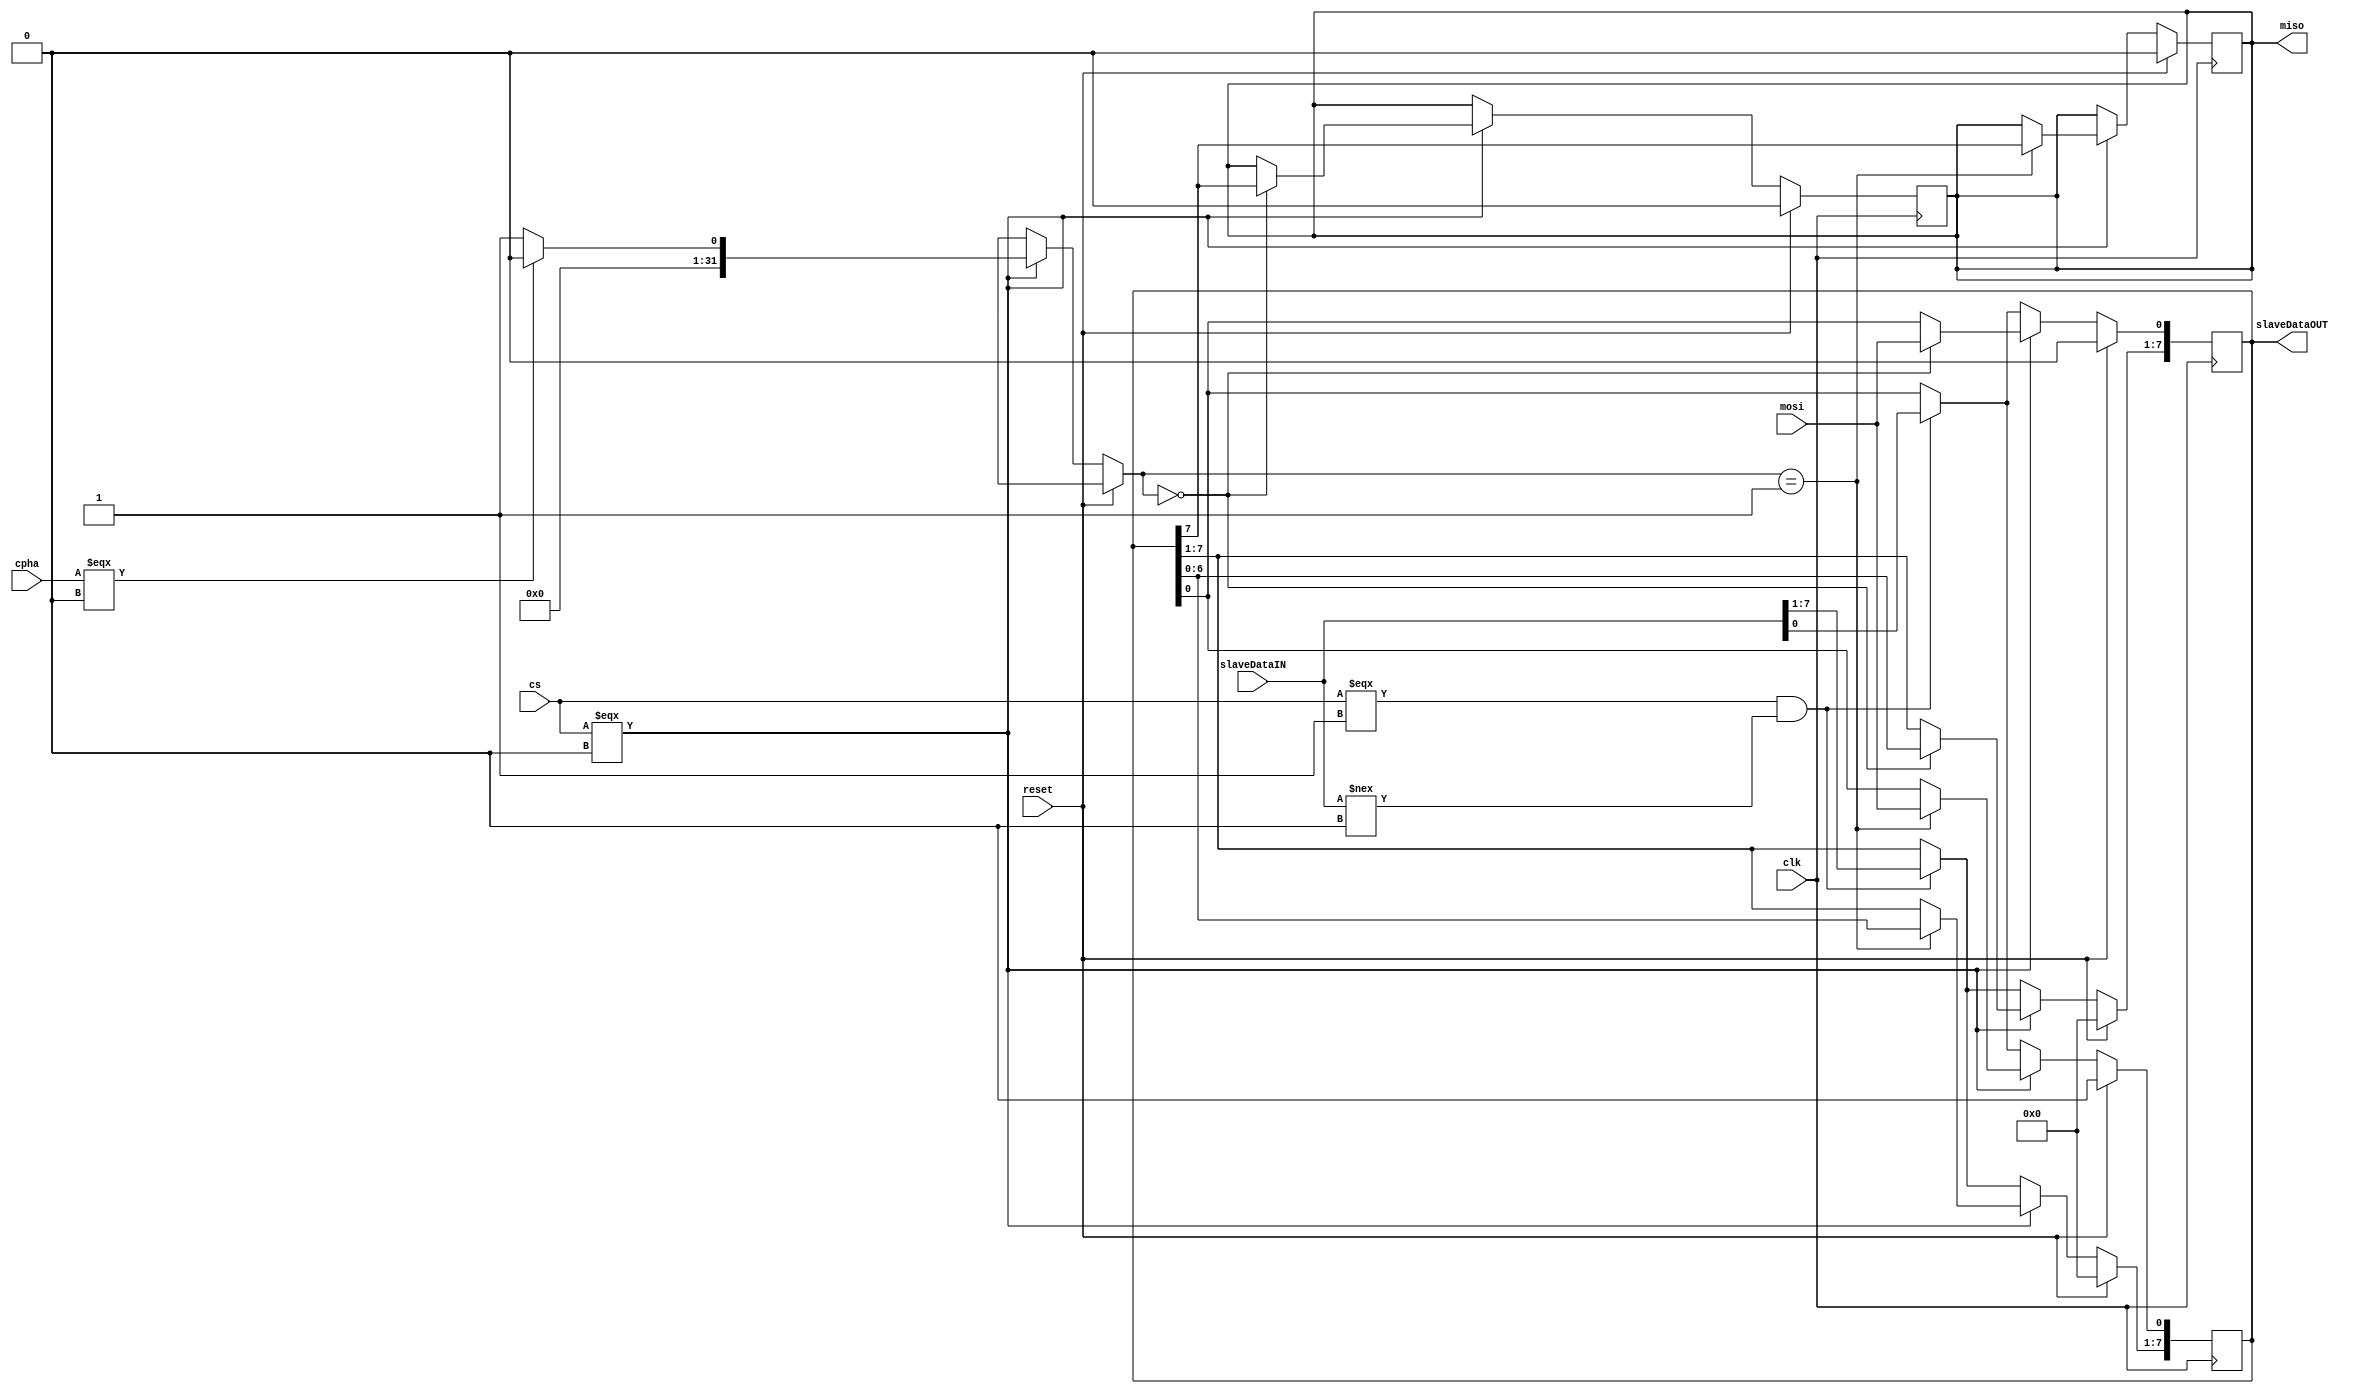
module Slave(slaveDataIN,slaveDataOUT,reset,cpha,miso,mosi,clk,cs);
  input reset,cpha,mosi,clk,cs;
  output reg miso;
  input [7:0] slaveDataIN;
  output [7:0]  slaveDataOUT;

  reg [7:0] data;
  integer mode = 0;

  assign  slaveDataOUT = data;

  always @ (posedge clk)
    begin
      if (reset)
        begin
        data <= 8'b00000000;
        miso <= 1'b0;
      end
      else if (cs === 1'b0) begin
        if (cpha === 1'b0) 
            mode = 0;
          else
            mode = 1;
        case (mode)
          0 : miso <= data[7];
          1 : begin
            data [7:1] <= data [6:0];
            data [0] <= mosi;
          end
        endcase
      end
      else if (cs === 1'b1 && slaveDataIN !== 1'b0)
        data <= slaveDataIN;
    end
  
  always @ (negedge clk)
    begin
      if (reset)
        begin
        data <= 8'b00000000;
        miso <= 1'b0;
      end
      else if (cs === 1'b0) begin
        if (cpha === 1'b0) 
            mode = 0;
          else
            mode = 1;
        case (mode)
          0 : begin
            data [7:1] <= data [6:0];
            data [0] <= mosi;
          end
          1 : miso <= data[7];
        endcase
      end
      else if (cs === 1'b1 && slaveDataIN !== 1'b0)
        data <= slaveDataIN;
    end
endmodule